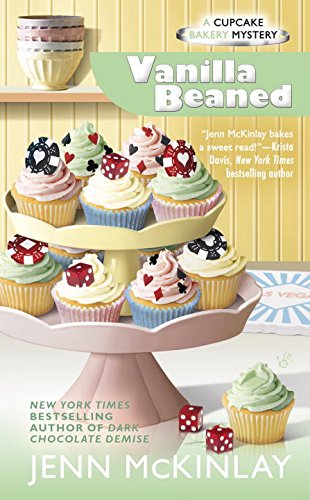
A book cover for Vanilla Beaned: Cupcake Bakery Mystery; Jenn McKinlay; Mystery, Thriller & Suspense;